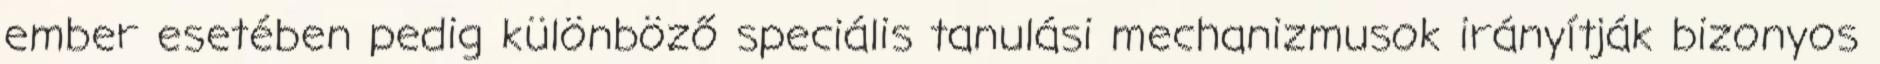
ember esetében pedig különböző speciális tanulási mechanizmusok irányítják bizonyos